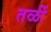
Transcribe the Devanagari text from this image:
तळीं